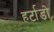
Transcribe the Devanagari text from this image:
हर्टाडो